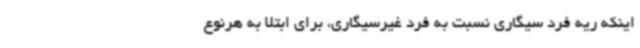
اینکه ریه فرد سیگاری نسبت ‌به فرد غیرسیگاری، برای ابتلا به هرنوع